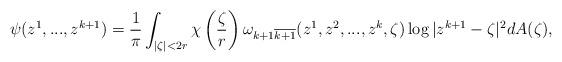
LaTeX: \begin{align*}\psi (z^1,...,z^{k+1}) = \frac{1}{\pi} \int _{|\zeta| < 2r} \chi\left (\frac{\zeta}{r} \right )\omega _{k+1\overline{k+1}}(z^1, z^2,...,z^k, \zeta) \log |z^{k+1}-\zeta |^2 dA(\zeta),\end{align*}